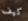
كيف